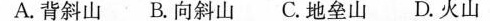
A.背斜山 B.向斜山 C.地垒山 D.火山